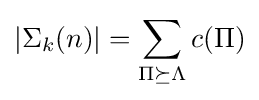
\left|\Sigma _{k}(n)\right|=\sum _{\Pi \succeq \Lambda }c(\Pi )